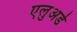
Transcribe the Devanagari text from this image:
एलुअर्ड